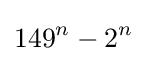
149^{n}-2^{n}